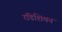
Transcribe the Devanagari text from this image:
राॅडेशियन